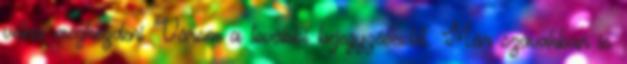
volna megkezdeni Várom a további bejegyzéseidet. Már szavakban is